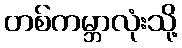
တစ်ကမ္ဘာလုံးသို့